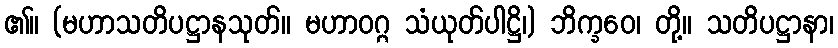
၏။ (မဟာသတိပဋ္ဌာနသုတ်။ မဟာဝဂ္ဂ သံယုတ်ပါဋ္ဌိ၊) ဘိက္ခဝေ၊ တို့။ သတိပဋ္ဌာနာ၊